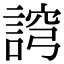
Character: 䛪